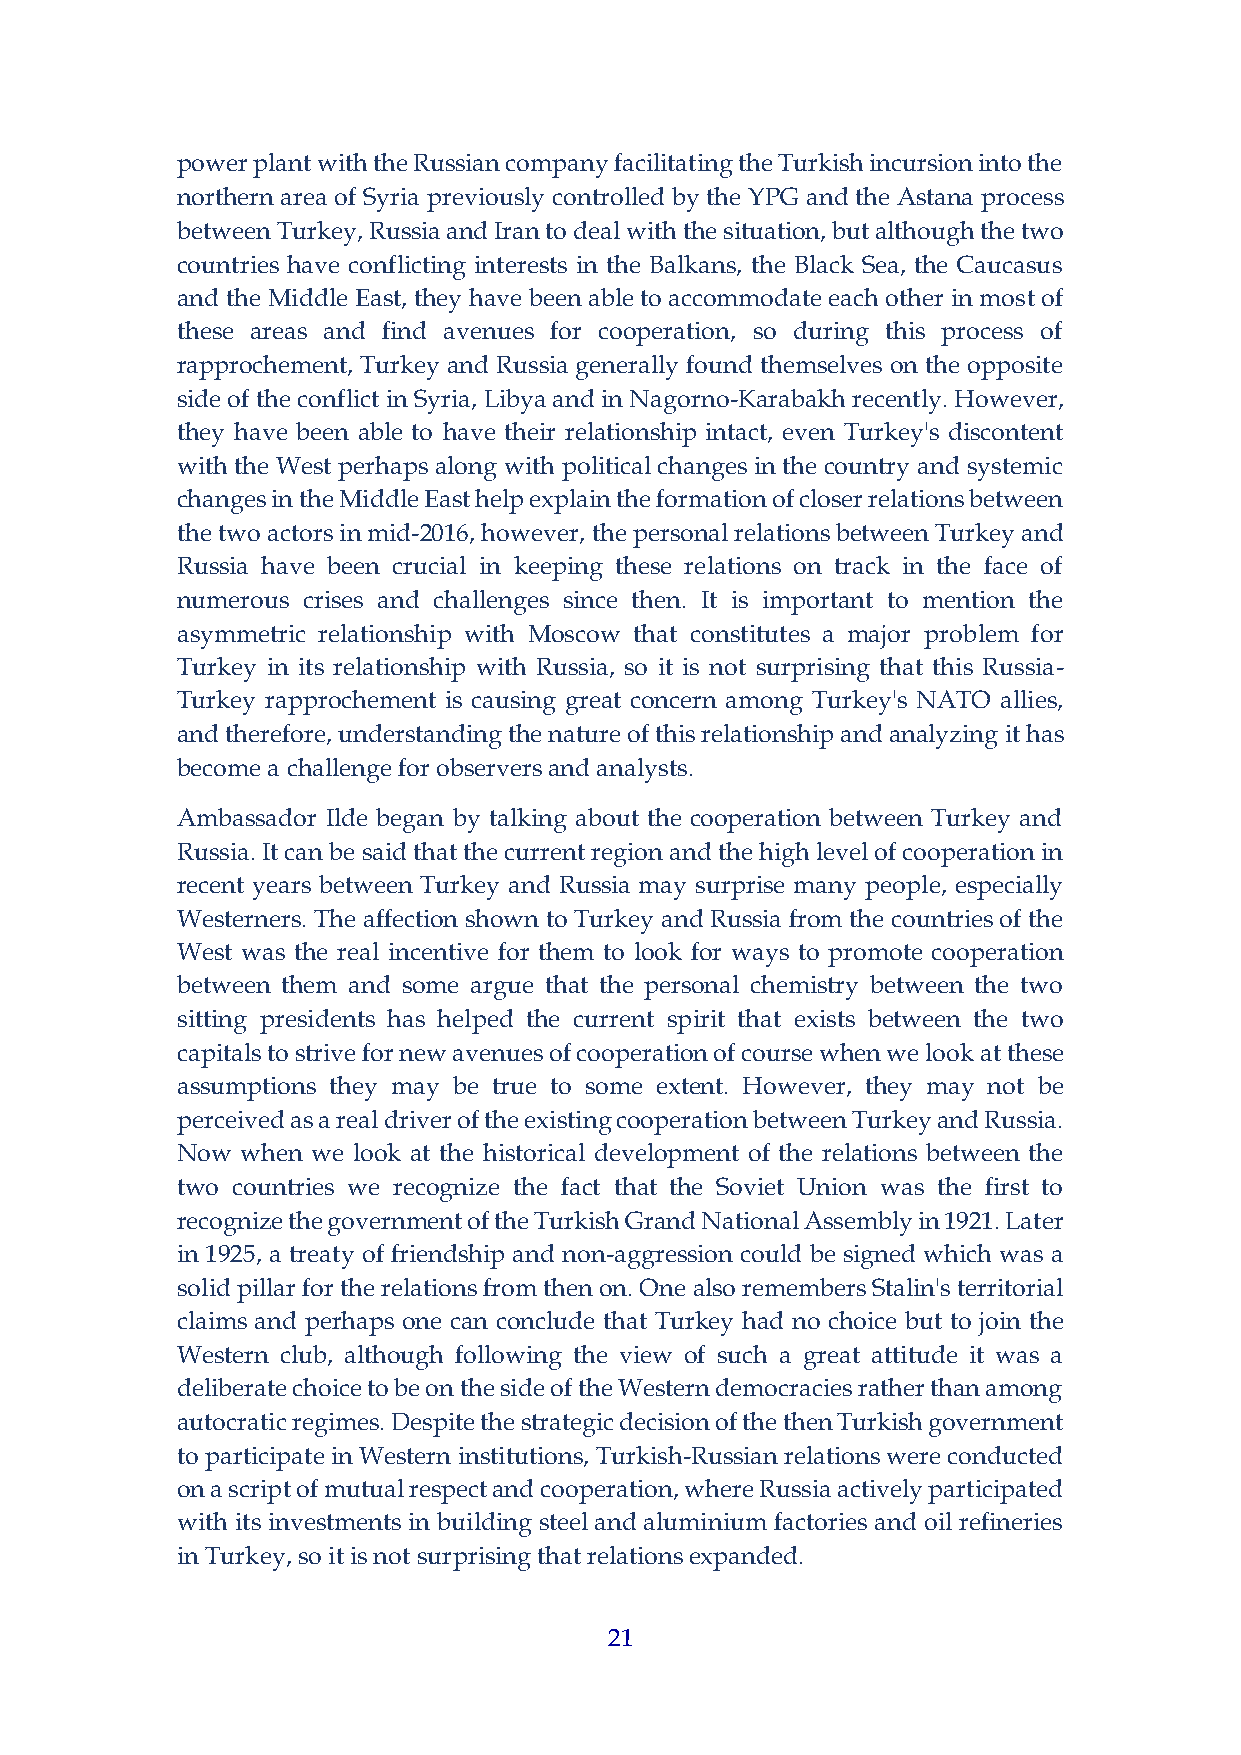
power plant with the Russian company facilitating the Turkish incursion into the
 northern area of Syria previously controlled by the YPG and the Astana process
 between Turkey, Russia and Iran to deal with the situation, but although the two
 countries have conflicting interests in the Balkans, the Black Sea, the Caucasus
 and the Middle East, they have been able to accommodate each other in most of
 these areas and find avenues for cooperation, so during this process of
 rapprochement, Turkey and Russia generally found themselves on the opposite
 side of the conflict in Syria, Libya and in Nagorno-Karabakh recently. However,
 they have been able to have their relationship intact, even Turkey's discontent
 with the West perhaps along with political changes in the country and systemic
 changes in the Middle East help explain the formation of closer relations between
 the two actors in mid-2016, however, the personal relations between Turkey and
 Russia have been crucial in keeping these relations on track in the face of
 numerous crises and challenges since then. It is important to mention the
 asymmetric relationship with Moscow that constitutes a major problem for
 Turkey in its relationship with Russia, so it is not surprising that this Russia-
 Turkey rapprochement is causing great concern among Turkey's NATO allies,
 and therefore, understanding the nature of this relationship and analyzing it has
 become a challenge for observers and analysts.
 Ambassador Ilde began by talking about the cooperation between Turkey and
 Russia. It can be said that the current region and the high level of cooperation in
 recent years between Turkey and Russia may surprise many people, especially
 Westerners. The affection shown to Turkey and Russia from the countries of the
 West was the real incentive for them to look for ways to promote cooperation
 between them and some argue that the personal chemistry between the two
 sitting presidents has helped the current spirit that exists between the two
 capitals to strive for new avenues of cooperation of course when we look at these
 assumptions they may be true to some extent. However, they may not be
 perceived as a real driver of the existing cooperation between Turkey and Russia.
 Now when we look at the historical development of the relations between the
 two countries we recognize the fact that the Soviet Union was the first to
 recognize the government of the Turkish Grand National Assembly in 1921. Later
 in 1925, a treaty of friendship and non-aggression could be signed which was a
 solid pillar for the relations from then on. One also remembers Stalin's territorial
 claims and perhaps one can conclude that Turkey had no choice but to join the
 Western club, although following the view of such a great attitude it was a
 deliberate choice to be on the side of the Western democracies rather than among
 autocratic regimes. Despite the strategic decision of the then Turkish government
 to participate in Western institutions, Turkish-Russian relations were conducted
 on a script of mutual respect and cooperation, where Russia actively participated
 with its investments in building steel and aluminium factories and oil refineries
 in Turkey, so it is not surprising that relations expanded.
 21